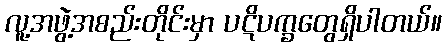
လူ့အဖွဲ့အစည်းတိုင်းမှာ ပဋိပက္ခတွေရှိပါတယ်။